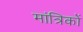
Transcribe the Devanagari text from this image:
मांत्रिकों